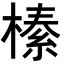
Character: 𭫦